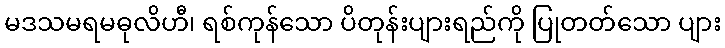
မဒသမရမဓုလိဟီ၊ ရစ်ကုန်သော ပိတုန်းပျားရည်ကို ပြုတတ်သော ပျား